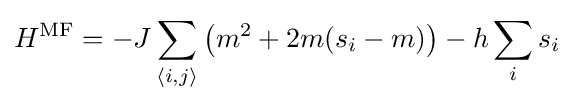
H^{\text{MF}}=-J\sum _{\langle i,j\rangle }{\big (}m^{2}+2m(s_{i}-m){\big )}-h\sum _{i}s_{i}